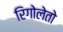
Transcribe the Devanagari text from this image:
रिगोलेतो